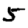
Digit: 5